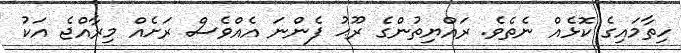
ހިތާމައިގެ ކޮޅެއް ނެތެވެ. ރައްޔިތުންގެ ރޫޙު ފެންނަ އެއްވެސް ރަށެއް މިރާއްޖެ އަކު